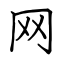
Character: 网